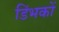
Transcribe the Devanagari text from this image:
डिंभकों